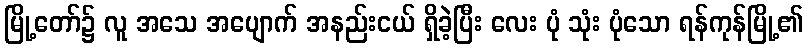
မြို့တော်၌ လူ အသေ အပျောက် အနည်းငယ် ရှိခဲ့ပြီး လေး ပုံ သုံး ပုံသော ရန်ကုန်မြို့၏